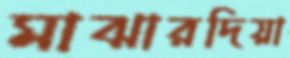
মাঝারদিয়া